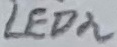
Text: LED2